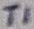
Text: T1